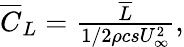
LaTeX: \begin{array}{r}{\overline{{C}}_{L}=\frac{\overline{{L}}}{1/2\rho csU_{\infty}^{2}},}\end{array}